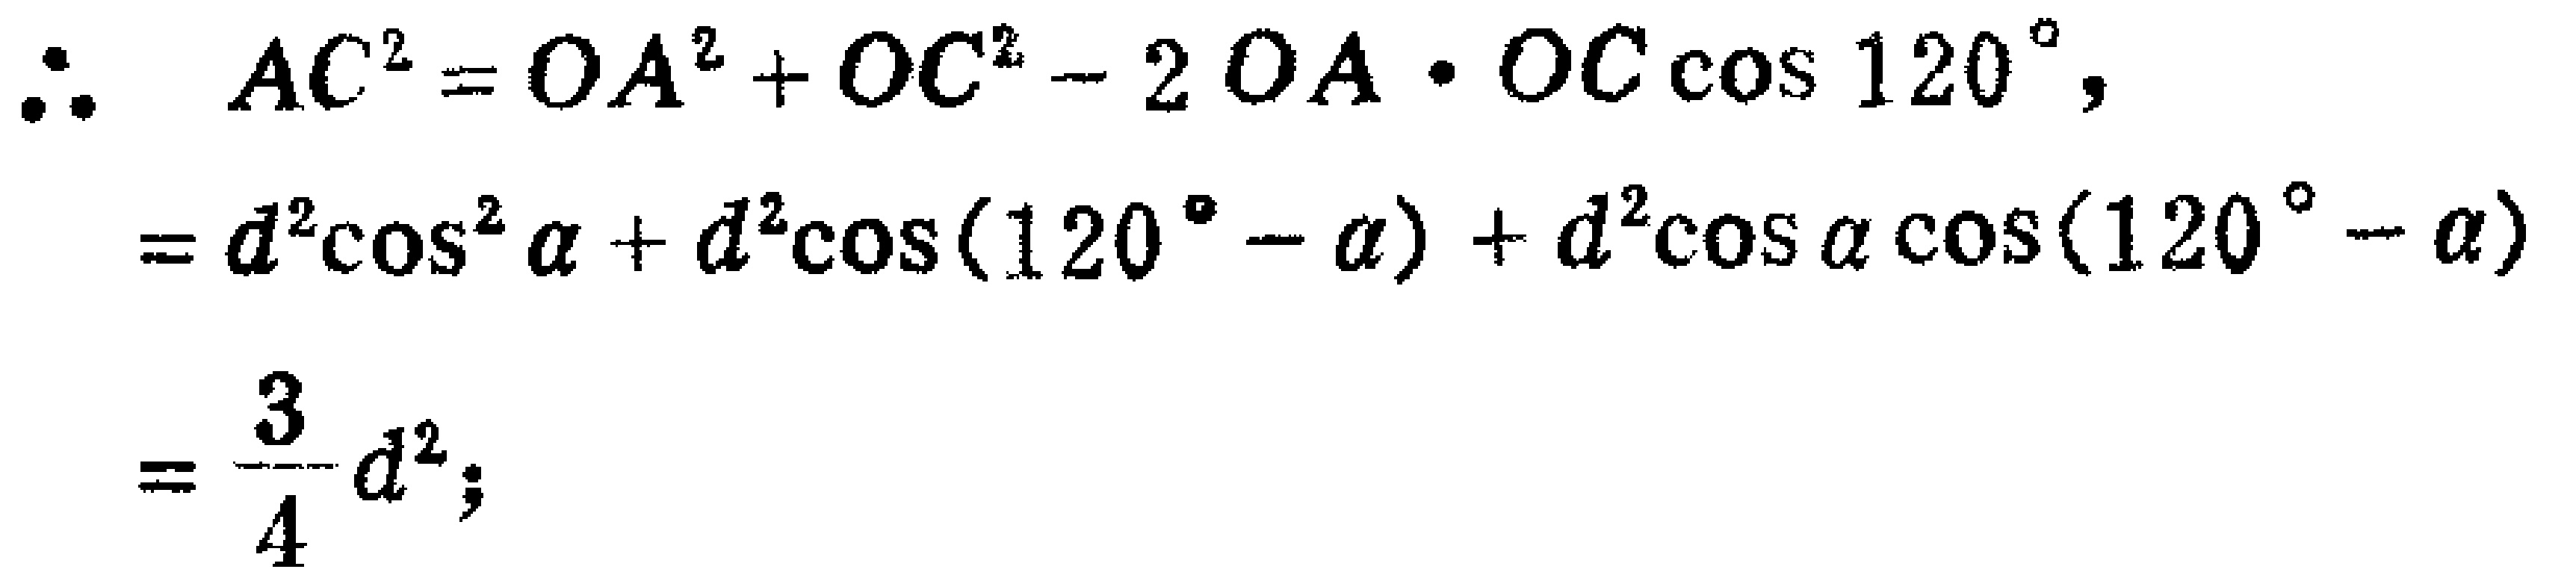
\[
\begin{align*}
\therefore\quad AC^{2}&=OA^{2}+OC^{2}-2OA\cdot OC\cos120^{\circ},\\
&=d^{2}\cos^{2}\alpha + d^{2}\cos(120^{\circ}-\alpha)+d^{2}\cos\alpha\cos(120^{\circ}-\alpha)\\
&=\frac{3}{4}d^{2};
\end{align*}
\]